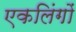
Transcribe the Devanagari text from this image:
एकलिंगों